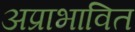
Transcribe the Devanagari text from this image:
अप्राभावित